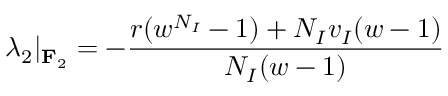
\lambda _ { 2 } | _ { \mathbf { F } _ { 2 } } = - \frac { r ( w ^ { N _ { I } } - 1 ) + N _ { I } v _ { I } ( w - 1 ) } { N _ { I } ( w - 1 ) }